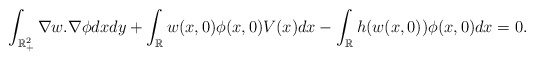
\begin{align*}\int_{\mathbb {R}^2_+} \nabla w.\nabla \phi dxdy+\int_{\mathbb {R}} w(x,0)\phi(x,0) V(x) dx-\int_{\mathbb {R}}h(w(x,0))\phi(x,0) dx=0.\end{align*}